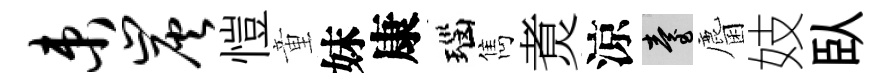
束炭愷童妹康瑙雋煑涼臺麕妓臥